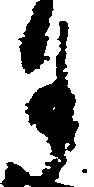
月